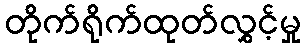
တိုက်ရိုက်ထုတ်လွှင့်မှု